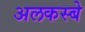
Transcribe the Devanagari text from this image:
अलकस्बे